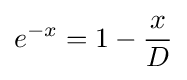
e^{-x}=1-{\frac {x}{D}}